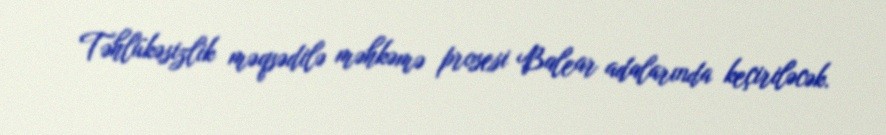
Təhlükəsizlik məqsədilə məhkəmə prosesi Balear adalarında keçiriləcək.